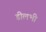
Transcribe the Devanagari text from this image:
डीलभी